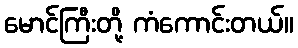
မောင်ကြီးတို့ ကံကောင်းတယ်။